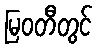
မြဝတီတွင်